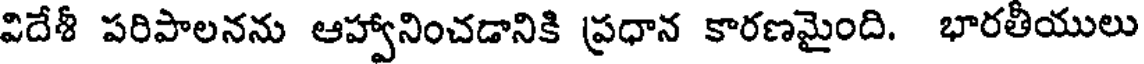
విదేశీ పరిపాలనను ఆహ్వానించడానికి ప్రధాన కారణమైంది. భారతీయులు